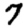
Digit: 7